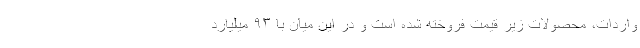
واردات، محصولات زیر قیمت فروخته شده است و در این میان با ۹۳ میلیارد